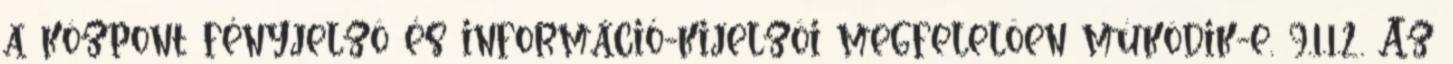
a központ fényjelzõ és információ-kijelzõi megfelelõen mûködik-e. 9.1.1.2. Az